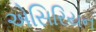
એસિરિયન